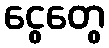
ငွေတွေ